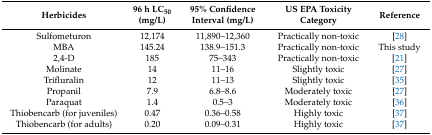
<table><thead><tr><td><b>Herbicides</b></td><td><b>96 h LC<sub>50</sub> (mg/L)</b></td><td><b>95% Confidence Interval (mg/L)</b></td><td><b>US EPA Toxicity Category</b></td><td><b>Reference</b></td></tr></thead><tbody><tr><td>Sulfometuron</td><td>12,174</td><td>11,890–12,360</td><td>Practically non-toxic</td><td>[28]</td></tr><tr><td>MBA</td><td>145.24</td><td>138.9–151.3</td><td>Practically non-toxic</td><td>This study</td></tr><tr><td>2,4-D</td><td>185</td><td>75–343</td><td>Practically non-toxic</td><td>[21]</td></tr><tr><td>Molinate</td><td>14</td><td>11–16</td><td>Slightly toxic</td><td>[27]</td></tr><tr><td>Trifluralin</td><td>12</td><td>11–13</td><td>Slightly toxic</td><td>[35]</td></tr><tr><td>Propanil</td><td>7.9</td><td>6.8–8.6</td><td>Moderately toxic</td><td>[27]</td></tr><tr><td>Paraquat</td><td>1.4</td><td>0.5–3</td><td>Moderately toxic</td><td>[36]</td></tr><tr><td>Thiobencarb (for juveniles)</td><td>0.47</td><td>0.36–0.58</td><td>Highly toxic</td><td>[37]</td></tr><tr><td>Thiobencarb (for adults)</td><td>0.20</td><td>0.09–0.31</td><td>Highly toxic</td><td>[37]</td></tr></tbody></table>